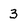
Character: 3